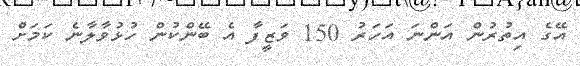
އޭގެ އިތުރުން އަންނަ އަހަރު 150 ވަޒީފާ އެ ބޭންކުން ހުޅުވާލާނެ ކަމަށް